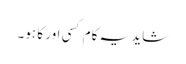
شاید یہ کام کسی اور کا ہو۔